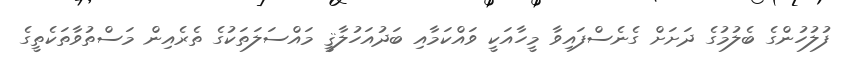
ފުލުހުންގެ ބެލުމުގެ ދަށަށް ގެނެސްފައިވާ މީހާއަކީ ވައްކަމާއި ބަދުއަހުލާޤީ މައްސަލަތަކުގެ ތެރެއިން މަސްތުވާތަކެތީގެ